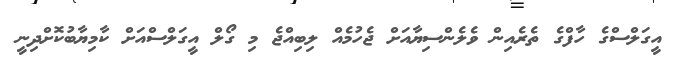
އީގަލްސްގެ ހާފްގެ ތެރެއިން ވެލެންސިޔާއަށް ޖެހުމެއް ލިބިއްޖެ މި ގޯލް އީގަލްސްއަށް ކާމިޔާބުކޮށްދިނީ